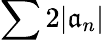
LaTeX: \sum2|\mathfrak{a}_{n}|